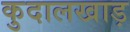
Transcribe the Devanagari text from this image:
कुदालखाड़